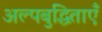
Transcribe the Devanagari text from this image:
अल्पबुद्धिताएँ